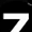
Digit: 7